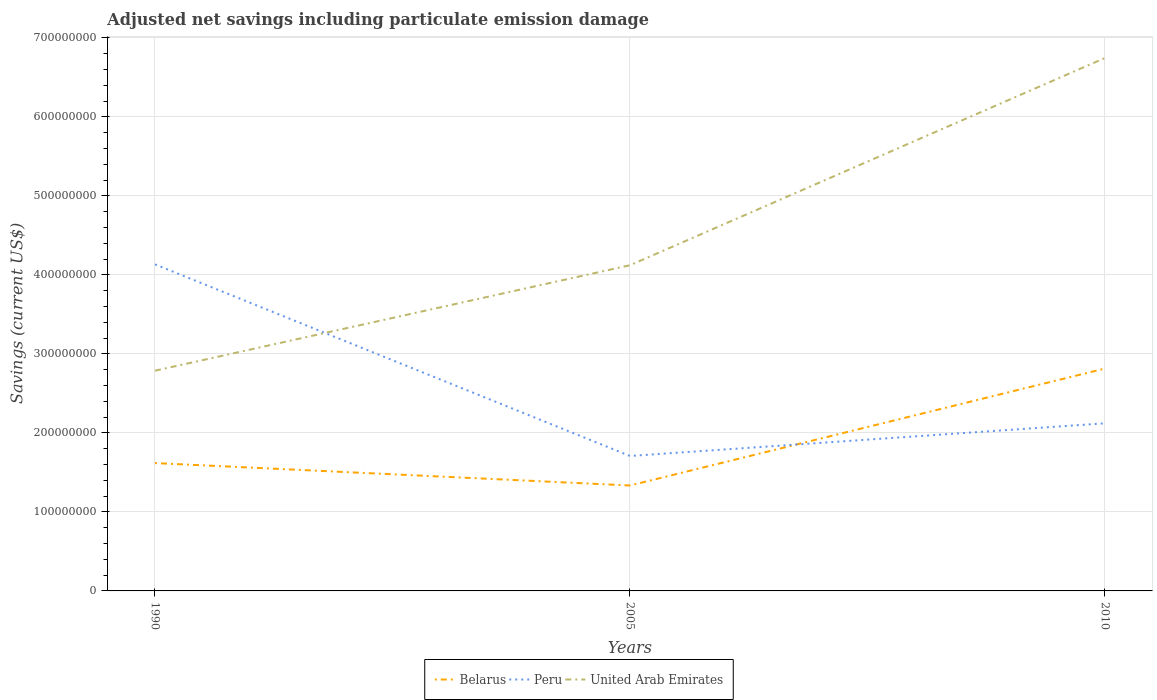
| Years | Belarus | Peru | United Arab Emirates |
 | --- | --- | --- | --- |
 | 1990 | 1.62e+08 | 4.13e+08 | 2.79e+08 |
 | 2005 | 1.33e+08 | 1.71e+08 | 4.12e+08 |
 | 2010 | 2.82e+08 | 2.12e+08 | 6.75e+08 |